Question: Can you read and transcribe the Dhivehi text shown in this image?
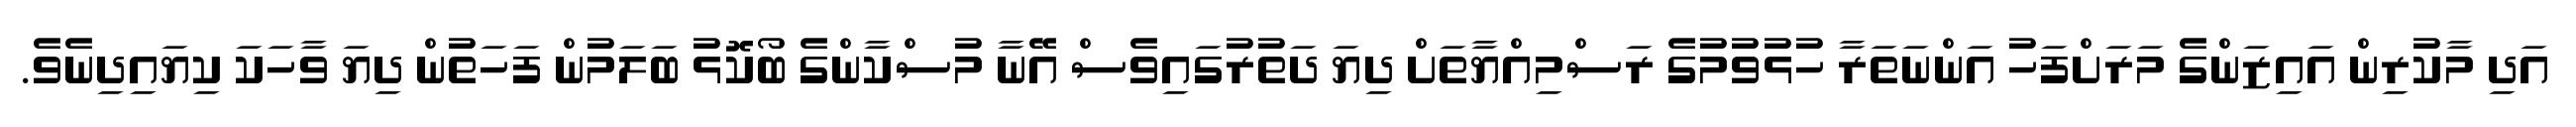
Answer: އަދި މާކުރިން އައިޒަންގެ މަރަށްފަހު އަންނަތަރާ ހުޅުވުމުގެ ރަސްމިއްޔާތަށް ދިޔަ ދަތުރުގައިވެސް އޭނާ މުސްކާންގެ ބޯކޮޅު ބަލަމުން ފަހަތުން ދިޔަ ވާހަކަ ކިޔައިދިނެވެ.